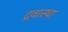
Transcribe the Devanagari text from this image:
द्रवास्था